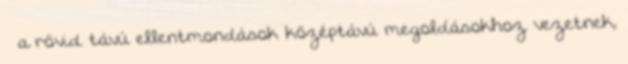
a rövid távú ellentmondások középtávú megoldásokhoz vezetnek,